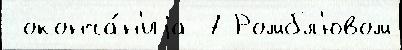
 оконча́н'иjа 7 Ромбл'ювом